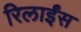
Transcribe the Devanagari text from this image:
रिलाईंस